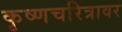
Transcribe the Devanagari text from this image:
कृष्णचरित्रावर